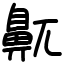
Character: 鼿